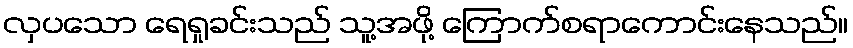
လှပသော ရေရှုခင်းသည် သူ့အဖို့ ကြောက်စရာကောင်းနေသည်။